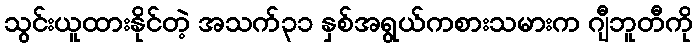
သွင်းယူထားနိုင်တဲ့ အသက်၃၁ နှစ်အရွယ်ကစားသမားက ဂျီဘူတီကို